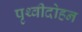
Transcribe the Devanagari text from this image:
पृथ्वीदोहन